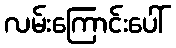
လမ်းကြောင်းပေါ်